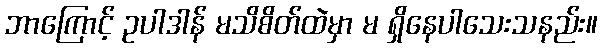
ဘာကြောင့် ဥပါဒါန် မသိစိတ်ထဲမှာ မ ရှိနေပါသေးသနည်း။